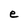
Character: e